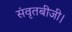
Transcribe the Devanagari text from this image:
संवृतबीजी।